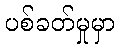
ပစ်ခတ်မှုမှာ